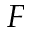
{ \cal F }